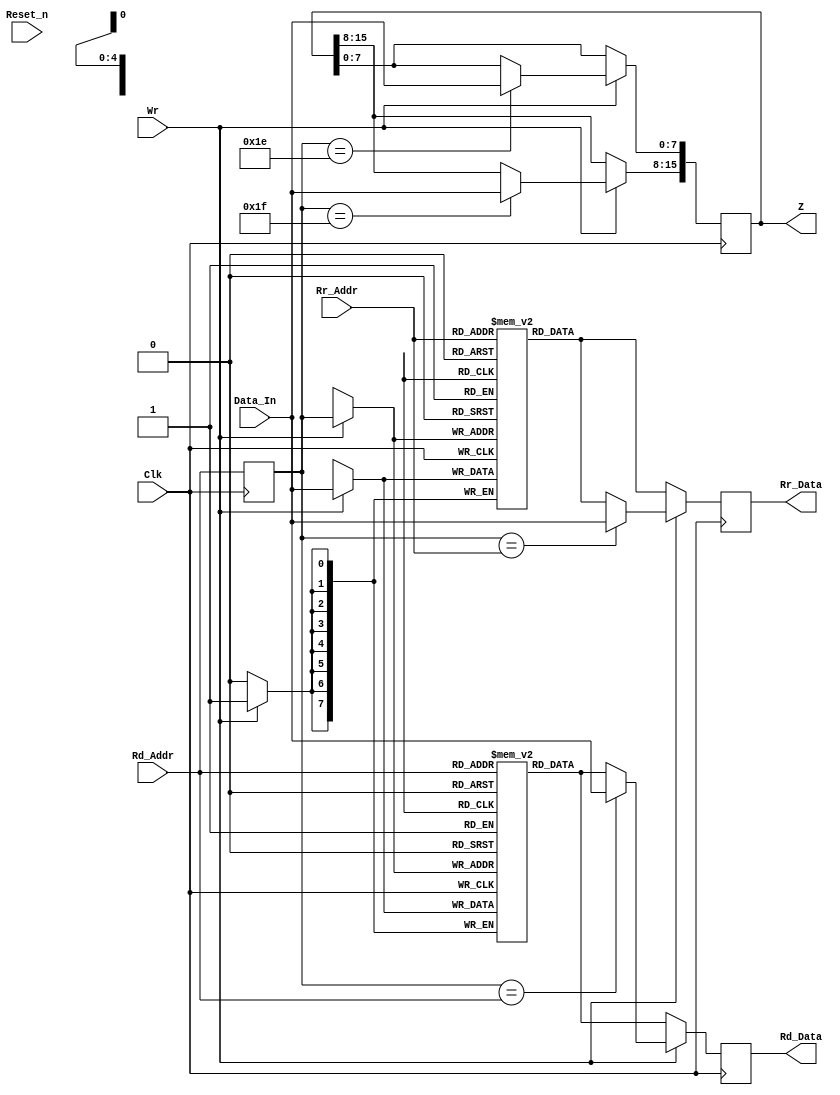
/*
 * Copyright 2018 MicroFPGA UG
 * Apache 2.0 License
 */


module mf8_reg(Clk, Reset_n, Wr, Rd_Addr, Rr_Addr, Data_In, Rd_Data, Rr_Data, Z);
	input	Clk;
	input	Reset_n;
	input	Wr;
	input	[4:0]	Rd_Addr;
	input	[4:0]	Rr_Addr;
	input	[7:0]	Data_In;
	output	[7:0]	Rd_Data;
	reg	[7:0]	Rd_Data;
	output	[7:0]	Rr_Data;
	reg	[7:0]	Rr_Data;
	output	[15:0]	Z;
	reg	[15:0]	Z;	

	reg 	[7:0]	RegD	[31:0];
	reg 	[7:0]	RegR	[31:0];
	reg 	[4:0]	Rd_Addr_r;

	always @(posedge Clk) begin
		Rd_Addr_r	<= Rd_Addr;
		Rd_Data	<= RegD[Rd_Addr];
		Rr_Data	<= RegR[Rr_Addr];
		if (Wr == 1'b1) begin
			RegD[Rd_Addr_r]	<= Data_In;
			RegR[Rd_Addr_r]	<= Data_In;
			if (Rd_Addr_r == Rd_Addr) begin
				Rd_Data	<= Data_In;
			end
			if (Rd_Addr_r == Rr_Addr) begin
				Rr_Data	<= Data_In;
			end
			if (Rd_Addr_r == 5'b11110) begin
				Z[7:0]	<= Data_In;
			end
			if (Rd_Addr_r == 5'b11111) begin
				Z[15:8]	<= Data_In;
			end
		end
	end
endmodule